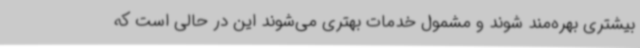
بیشتری بهره‌مند شوند و مشمول خدمات بهتری می‌شوند این در حالی است که